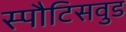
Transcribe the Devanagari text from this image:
स्पौटिसवुड